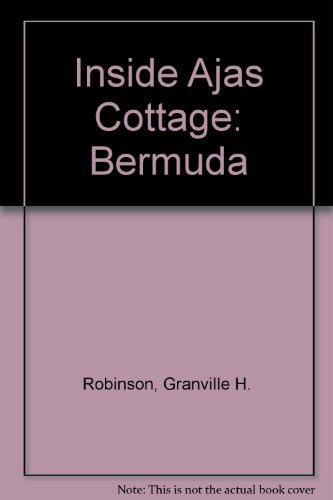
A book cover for Inside Ajar Cottage : Bermuda; Granville H. Robinson; Travel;